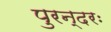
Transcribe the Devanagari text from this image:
पुरन्दरः